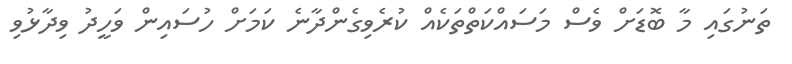
ތަނުގައި މާ ބޮޑަށް ވެސް މަސައްކަތްތަކެއް ކުރެވިގެންދާނެ ކަމަށް ހުސައިން ވަހީދު ވިދާޅުވި